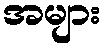
အများ